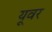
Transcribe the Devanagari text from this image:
यूवर